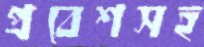
প্রবেশসহ